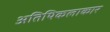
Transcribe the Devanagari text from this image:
अतिथिकलाकार